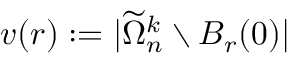
v ( r ) : = | \widetilde \Omega _ { n } ^ { k } \setminus B _ { r } ( 0 ) |